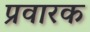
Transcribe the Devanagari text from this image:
प्रवारक